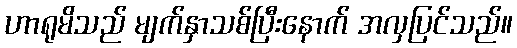
ဟာရုမိသည် မျက်နှာသစ်ပြီးနောက် အလှပြင်သည်။